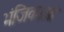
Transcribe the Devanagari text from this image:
भंजिकाओं